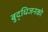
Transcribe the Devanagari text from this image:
बुद्धिजनको